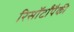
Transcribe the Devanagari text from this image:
रिसॉर्टांपैकी